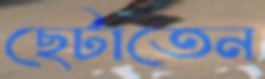
ছেটাতেন